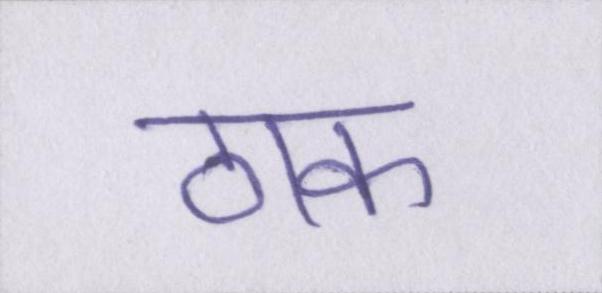
ठाक